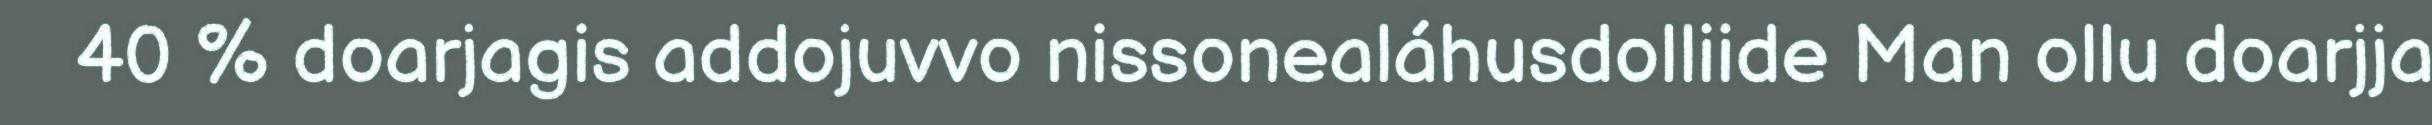
40 % doarjagis addojuvvo nissonealáhusdolliide Man ollu doarjja